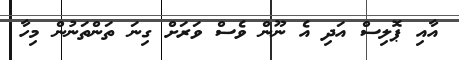
އާއި ޕޮލިސް އަދި އެ ނޫން ވެސް ވަރަށް ގިނަ ތަންތަނުން މިހާ